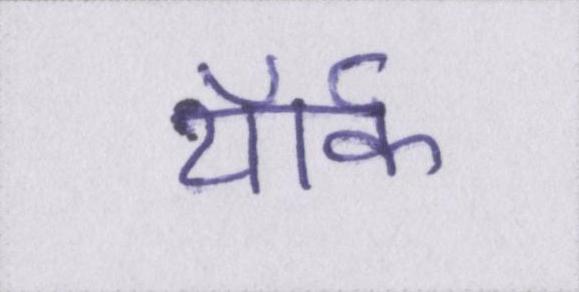
यॉर्क